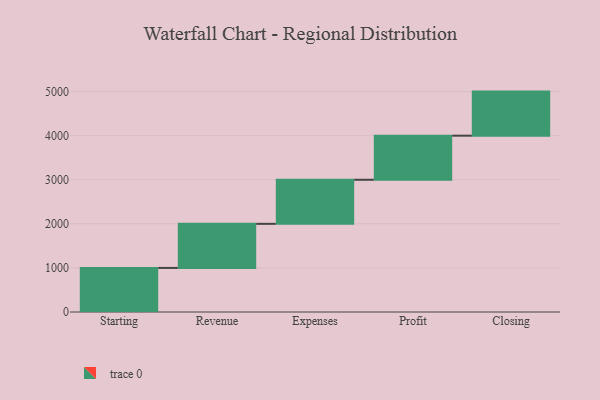
{"axis": {"x": "Step", "y": "Value"}, "legend": [""], "data": [{"x": "Starting", "y": 1000, "type": ""}, {"x": "Revenue", "y": 1000, "type": ""}, {"x": "Expenses", "y": 1000, "type": ""}, {"x": "Profit", "y": 1000, "type": ""}, {"x": "Closing", "y": 1000, "type": ""}]}